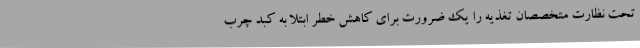
تحت نظارت متخصصان تغذیه را یک ضرورت برای کاهش خطر ابتلا به کبد چرب